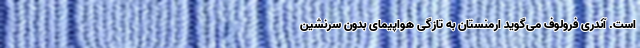
است. آندری فرولوف می‌گوید ارمنستان به تازگی هواپیمای بدون سرنشین